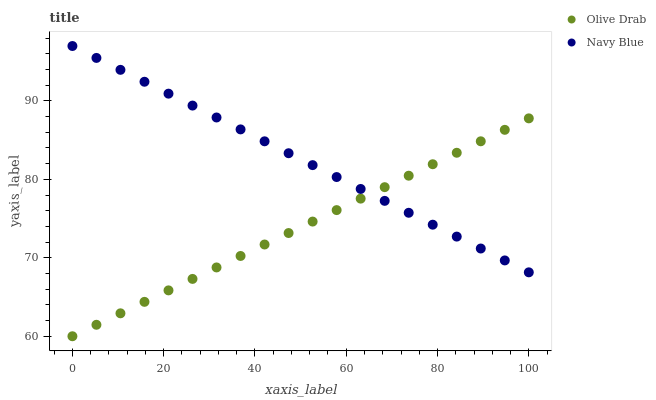
| xaxis_label | Olive Drab | Navy Blue |
 | --- | --- | --- |
 | 0 | 60 | 97 |
 | 5.26 | 61.5 | 95.5 |
 | 10.5 | 62.9 | 94 |
 | 15.8 | 64.4 | 92.4 |
 | 21.1 | 65.8 | 90.9 |
 | 26.3 | 67.3 | 89.4 |
 | 31.6 | 68.8 | 87.9 |
 | 36.8 | 70.2 | 86.4 |
 | 42.1 | 71.7 | 84.9 |
 | 47.4 | 73.2 | 83.3 |
 | 52.6 | 74.6 | 81.8 |
 | 57.9 | 76.1 | 80.3 |
 | 63.2 | 77.5 | 78.8 |
 | 68.4 | 79 | 77.3 |
 | 73.7 | 80.5 | 75.7 |
 | 78.9 | 81.9 | 74.2 |
 | 84.2 | 83.4 | 72.7 |
 | 89.5 | 84.9 | 71.2 |
 | 94.7 | 86.3 | 69.7 |
 | 100 | 87.8 | 68.1 |